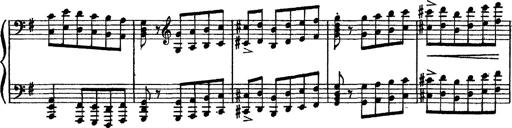
Title: Sarabande und Chaconne aus dem Singspiel
Composer: Franz Liszt